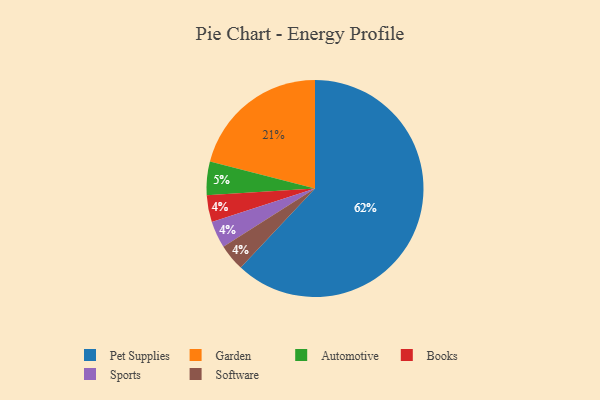
{"axis": {"x": "Category", "y": "Percentage"}, "legend": ["Automotive", "Books", "Garden", "Pet Supplies", "Software", "Sports"], "data": [{"x": "Books", "y": 4, "type": "Books"}, {"x": "Sports", "y": 4, "type": "Sports"}, {"x": "Software", "y": 4, "type": "Software"}, {"x": "Automotive", "y": 5, "type": "Automotive"}, {"x": "Garden", "y": 21, "type": "Garden"}, {"x": "Pet Supplies", "y": 62, "type": "Pet Supplies"}]}